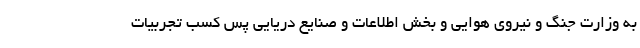
به وزارت جنگ و نیروی هوایی و بخش اطلاعات و صنایع دریایی پس کسب تجربیات